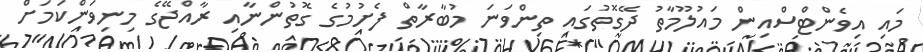
މައި އިވެންޓްސްއިން މައުލޫމާތު ދޭގޮތުގައި ތިންވަނަ މުބާރާތް ފެށުމުގެ ގޮތުންނާއި ރާއްޖޭގެ މިނިވަންކަމަށް